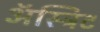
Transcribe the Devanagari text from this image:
अॅस्ट्रिट